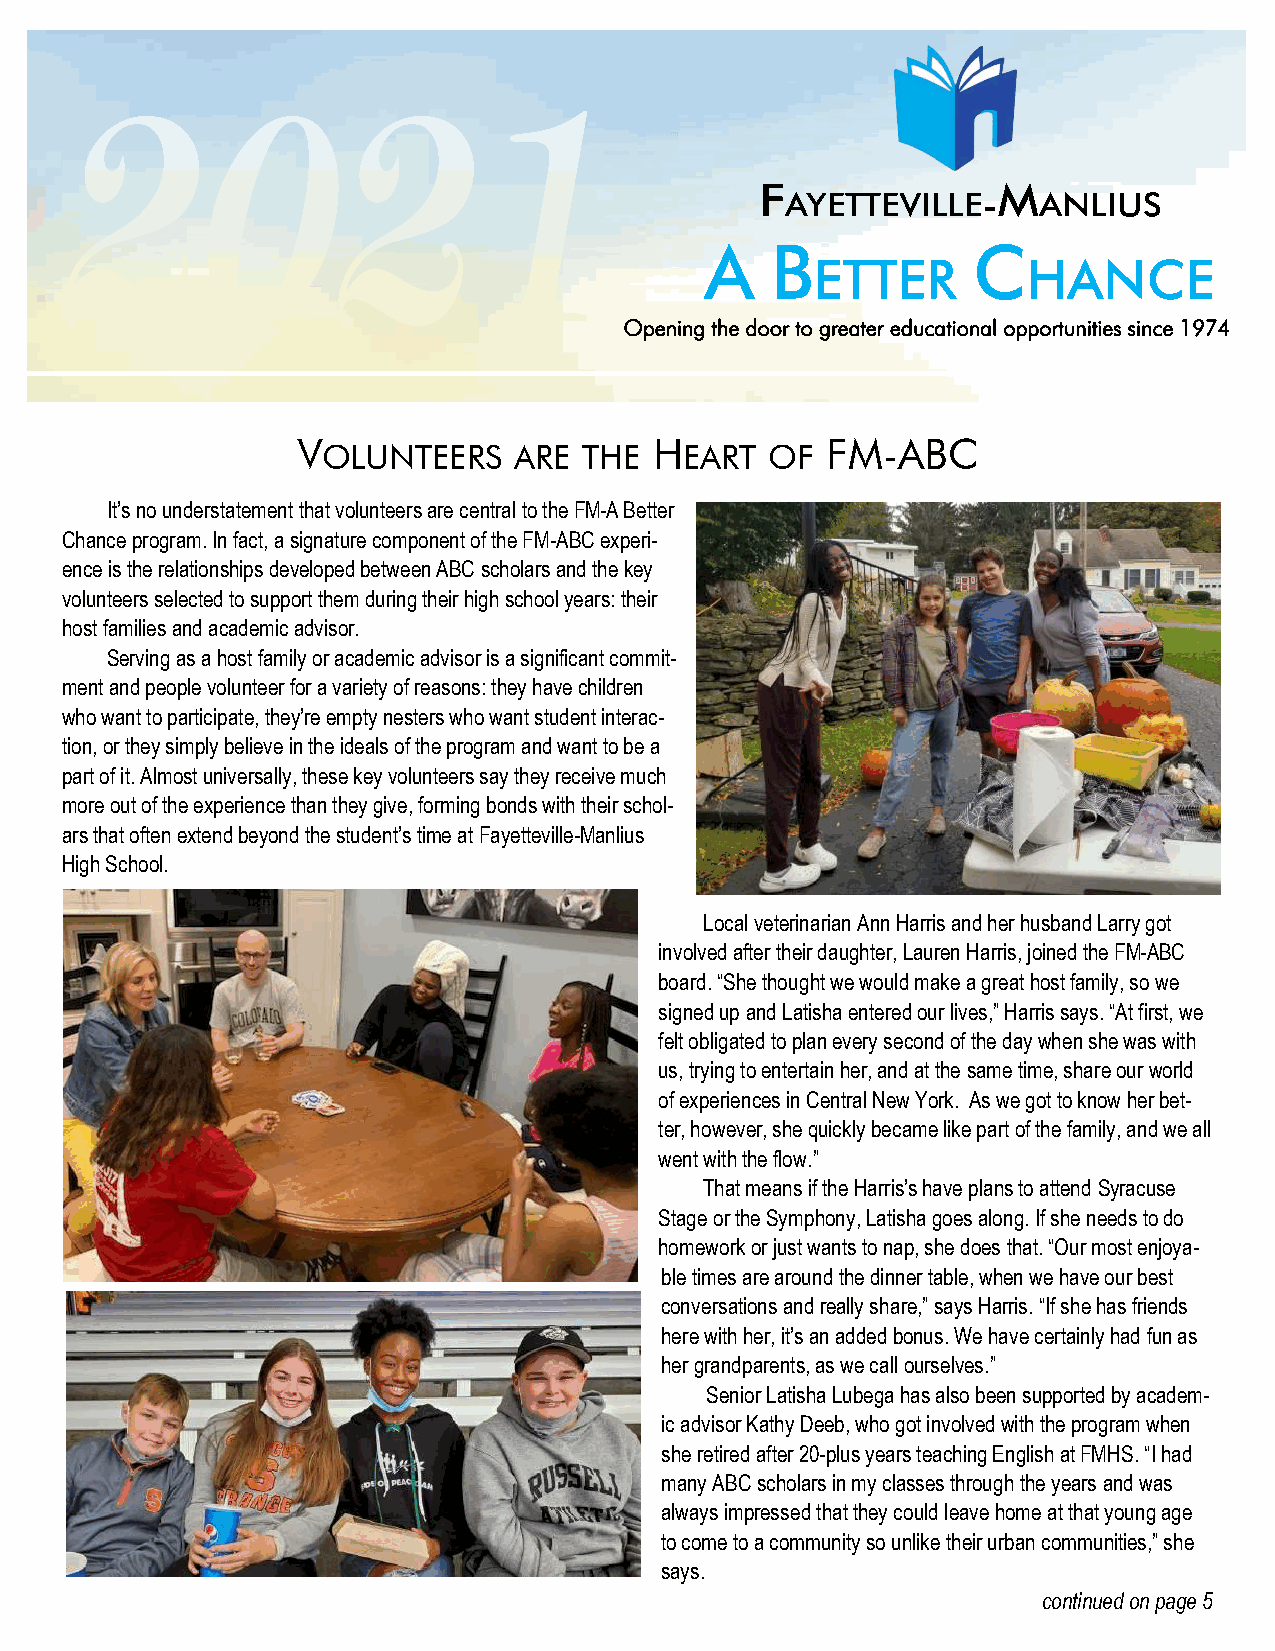
A   B            C
 ETTER         HANCE
 Opening the door to greater educational opportunities since 1974
 V                      H           FM-ABC
 OLUNTEERS    ARE  THE   EART  OF
 It’s no understatement that volunteers are central to the FM-A Better
 Chance program. In fact, a signature component of the FM-ABC experi-
 ence is the relationships developed between ABC scholars and the key
 volunteers selected to support them during their high school years: their
 host families and academic advisor.
 Serving as a host family or academic advisor is a significant commit-
 ment and people volunteer for a variety of reasons: they have children
 who want to participate, they’re empty nesters who want student interac-
 tion, or they simply believe in the ideals of the program and want to be a
 part of it. Almost universally, these key volunteers say they receive much
 more out of the experience than they give, forming bonds with their schol-
 ars that often extend beyond the student’s time at Fayetteville-Manlius
 High School.
 Local veterinarian Ann Harris and her husband Larry got
 involved after their daughter, Lauren Harris, joined the FM-ABC
 board. “She thought we would make a great host family, so we
 signed up and Latisha entered our lives,” Harris says. “At first, we
 felt obligated to plan every second of the day when she was with
 us, trying to entertain her, and at the same time, share our world
 of experiences in Central New York. As we got to know her bet-
 ter, however, she quickly became like part of the family, and we all
 went with the flow.”
 That means if the Harris’s have plans to attend Syracuse
 Stage or the Symphony, Latisha goes along. If she needs to do
 homework or just wants to nap, she does that. “Our most enjoya-
 ble times are around the dinner table, when we have our best
 conversations and really share,” says Harris. “If she has friends
 here with her, it’s an added bonus. We have certainly had fun as
 her grandparents, as we call ourselves.”
 Senior Latisha Lubega has also been supported by academ-
 ic advisor Kathy Deeb, who got involved with the program when
 she retired after 20-plus years teaching English at FMHS. “I had
 many ABC scholars in my classes through the years and was
 always impressed that they could leave home at that young age
 to come to a community so unlike their urban communities,” she
 says.
 continued on page 5